Indian journal of veterinary science and animal husbandry - Volume 4,
Year: 1934
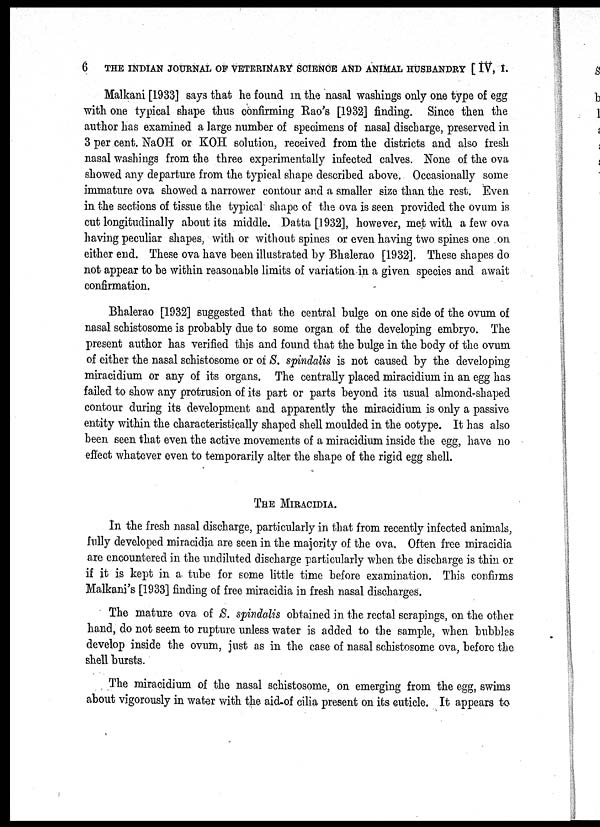
6
THE INDIAN JOURNAL OF VETERINARY SCIENCE AND ANIMAL HUSBANDRY [ IV, I.
Malkani [1933] says that he found in the nasal washings only one type of egg
with one typical shape thus confirming Rao's [1932] finding. Since then the
author has examined a large number of specimens of nasal discharge, preserved in
3 per cent. NaOH or KOH solution, received from the districts and also fresh
nasal washings from the three experimentally infected calves. None of the ova
showed any departure from the typical shape described above. Occasionally some
immature ova showed a narrower contour and a smaller size than the rest. Even
in the sections of tissue the typical shape of the ova is seen provided the ovum is
cut longitudinally about its middle. Datta[1932], however, met with a few ova
having peculiar shapes, with or without spines or even having two spines one on
either end. These ova have been illustrated by Bhalerao [1932]. These shapes do
not appear to be within reasonable limits of variation in a given species and await
confirmation.
Bhalerao [1932] suggested that the central bulge on one side of the ovum of
nasal schistosome is probably due to some organ of the developing embryo. The
present author has verified this and found that the bulge in the body of the ovum
of either the nasal schistosome or of S. spindalis is not caused by the developing
miracidium or any of its organs. The centrally placed miracidium in an egg has
failed to show any protrusion of its part or parts beyond its usual almond-shaped
contour during its development and apparently the miracidium is only a passive
entity within the characteristically shaped shell moulded in the ootype. It has also
been seen that even the active movements of a miracidium inside the egg, have no
effect whatever even to temporarily alter the shape of the rigid egg shell.
THE MIRACIDIA.
In the fresh nasal discharge, particularly in that from recently infected animals,
fully developed miracidia are seen in the majority of the ova. Often free miracidia
are encountered in the undiluted discharge particularly when the discharge is thin or
if it is kept in a tube for some little time before examination. This confirms
Malkani's [1933] finding of free miracidia in fresh nasal discharges.
The mature ova of S. spindalis obtained in the rectal scrapings, on the other
hand, do not seem to rupture unless water is added to the sample, when bubbles
develop inside the ovum, just as in the case of nasal schistosome ova, before the
shell bursts.
The miracidium of the nasal schistosome, on emerging from the egg, swims
about vigorously in water with the aid of cilia present on its cuticle. It appears to